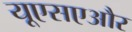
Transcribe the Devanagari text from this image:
यूएसएऔर